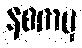
နစကမှ